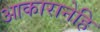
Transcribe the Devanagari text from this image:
आकारानेहि